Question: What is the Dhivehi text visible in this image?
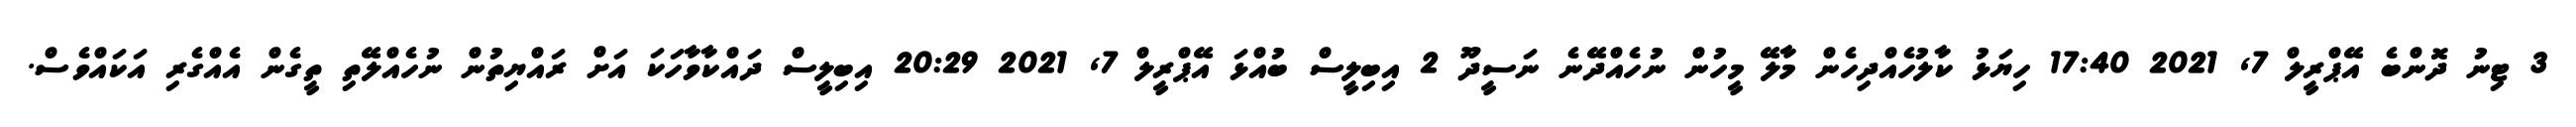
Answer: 3 ޓިނު ދޮންބެ އޭޕްރީލް 7, 2021 17:40 ހިޔަޅު ކާލުހެއްދިހެން މާލޭ މީހުން ނުހެއްދޭނެ ނަސީދޫ 2 އިބިލީސް ބުއްޅަ އޭޕްރީލް 7, 2021 20:29 އިބިލީސް ދައްކާވާހަކަ އަށް ރައްޔިތުން ނުހެއްލޭތި ތީގެން އެއްގެރި އަކައްވެސް.